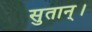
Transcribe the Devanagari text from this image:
सुतान्।